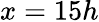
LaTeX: x=15h